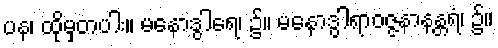
ပန၊ ထိုမှတပါး။ မနောဒွါရေ၊ ၌။ မနောဒွါရာဝဇ္ဇနာနန္တရံ၊ ၌။